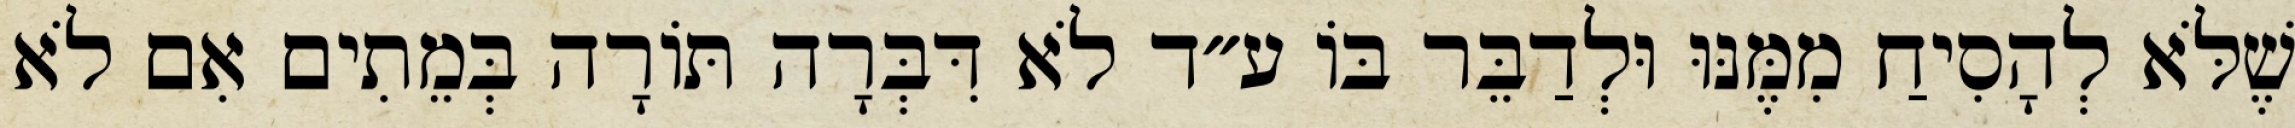
שֶׁלֹּא לְהָסִיחַ מִמֶּנּוּ וּלְדַבֵּר בּוֹ ע״ד לֹא דִּבְּרָה תּוֹרָה בְּמֵתִים אִם לֹא